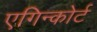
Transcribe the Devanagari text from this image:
एगिन्कोर्ट